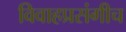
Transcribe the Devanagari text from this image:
विवाहप्रसंगीच